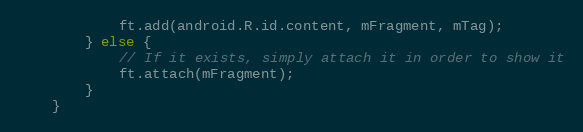
Language: Java
			ft.add(android.R.id.content, mFragment, mTag);
		} else {
			// If it exists, simply attach it in order to show it
			ft.attach(mFragment);
		}
	}